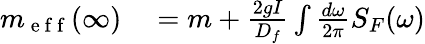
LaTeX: \begin{array}{rl}{m_{\mathrm{~e~f~f~}}(\infty)}&{{}=m+\frac{2gI}{D_{f}}\int\frac{d\omega}{2\pi}S_{F}(\omega)}\end{array}